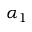
\alpha _ { 1 }